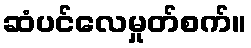
ဆံပင်လေမှုတ်စက်။